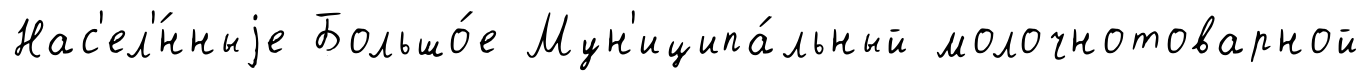
Нас'ел'́нныjе Большо́е Мун'иципа́льный молочнотоварной